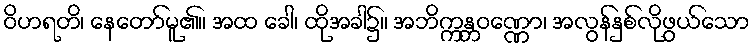
ဝိဟရတိ၊ နေတော်မူ၏။ အထ ခေါ၊ ထိုအခါ၌။ အဘိက္ကန္တဝဏ္ဏော၊ အလွန်နှစ်လိုဖွယ်သော